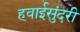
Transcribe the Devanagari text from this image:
हवाईसुंदरी